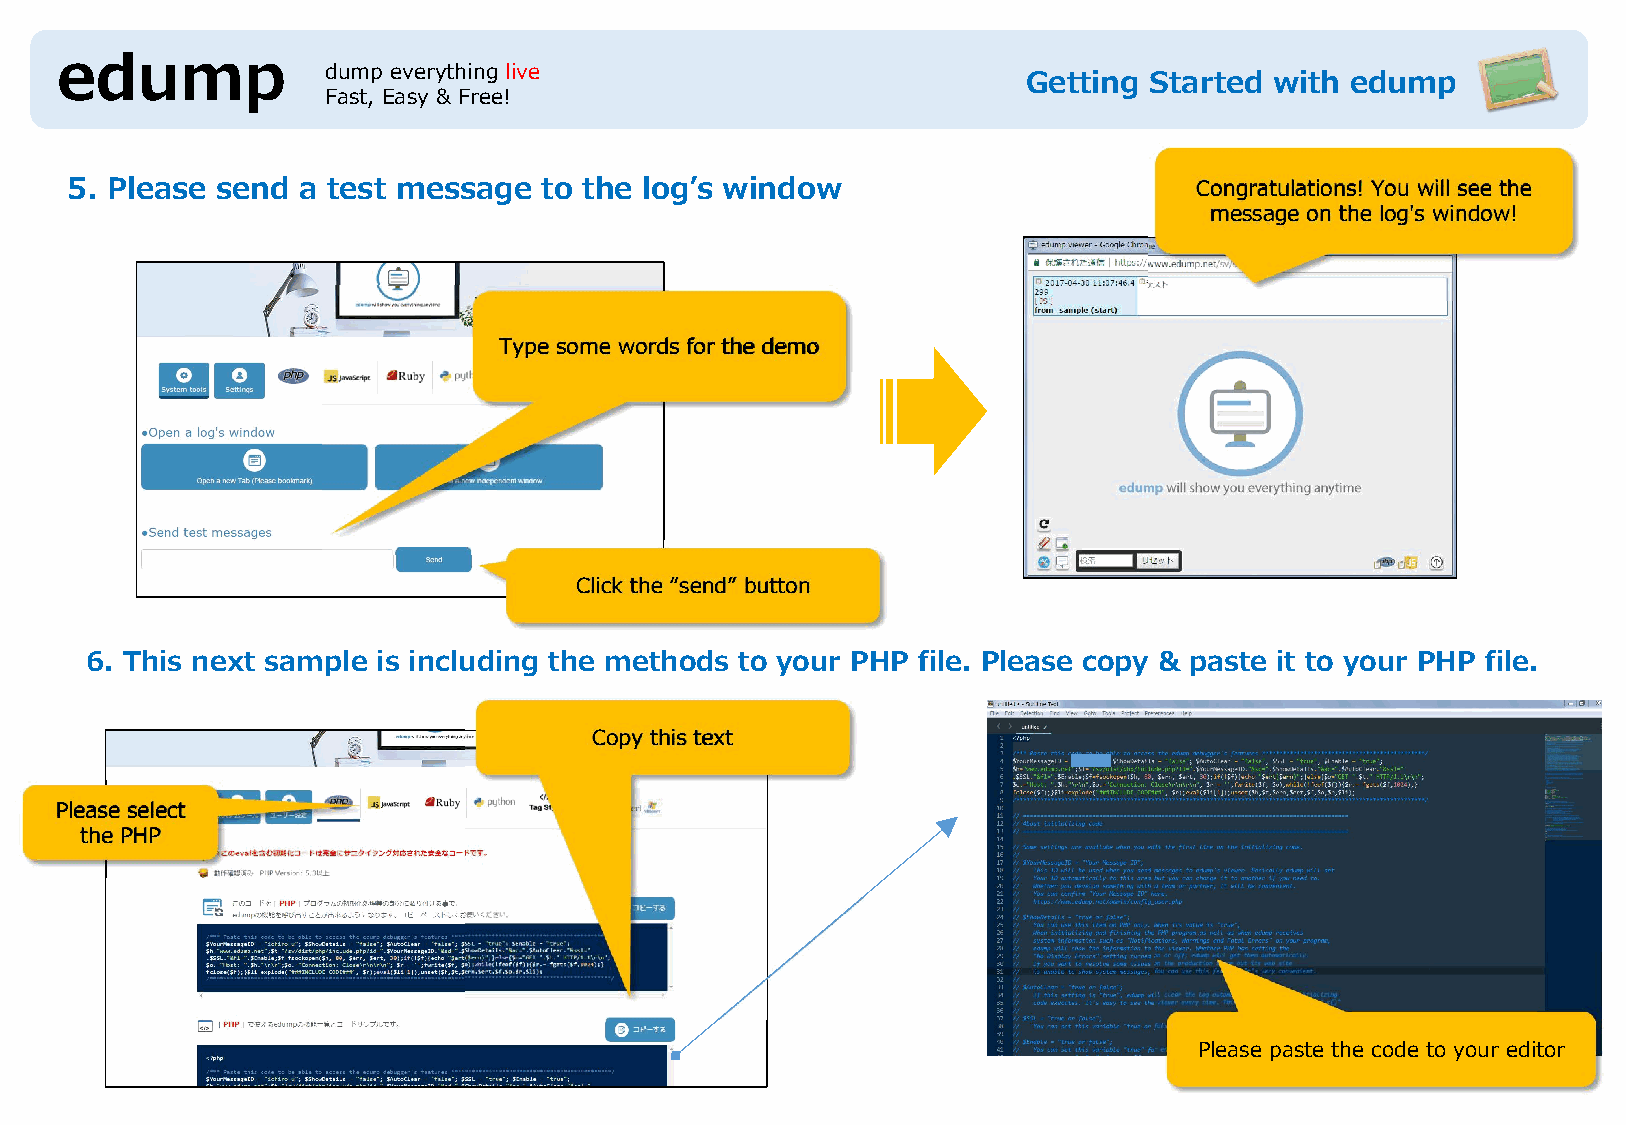
edump            dump everything live
 Getting Started with edump
 Fast, Easy & Free!
 5. Please send  a test message  to the log’s window                        Congratulations! You will see the
 message on the log's window!
 Type some words for the demo
 Click the “send” button
 6. This next sample is including the methods to your PHP file. Please copy & paste it to your PHP file.
 Copy this text
 Please select
 the PHP
 Please paste the code to your editor